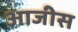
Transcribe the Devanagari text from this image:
आजीस